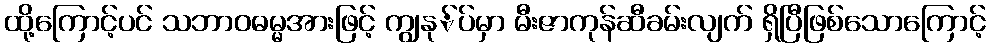
ထို့ကြောင့်ပင် သဘာဝဓမ္မအားဖြင့် ကျွနု်ပ်မှာ မီးဇာကုန်ဆီခမ်းလျက် ရှိပြီဖြစ်သောကြောင့်